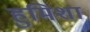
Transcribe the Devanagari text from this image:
हुमिशा